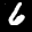
Label: 6